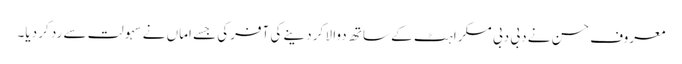
معروف حسن نے دبی دبی مسکراہٹ کے ساتھ دوا لا کر دینے کی آفرکی جسے اماں نے سہولت سے رد کر دیا۔